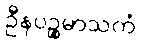
ဦနပဉ္စမာသကံ